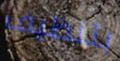
بتنظيف